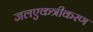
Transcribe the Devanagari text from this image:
जलएकत्रीकरण